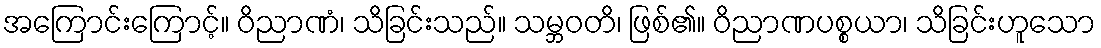
အကြောင်းကြောင့်။ ဝိညာဏံ၊ သိခြင်းသည်။ သမ္ဘဝတိ၊ ဖြစ်၏။ ဝိညာဏပစ္စယာ၊ သိခြင်းဟူသော